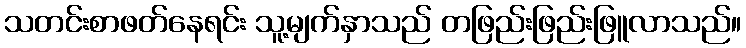
သတင်းစာဖတ်နေရင်း သူ့မျက်နှာသည် တဖြည်းဖြည်းဖြူလာသည်။